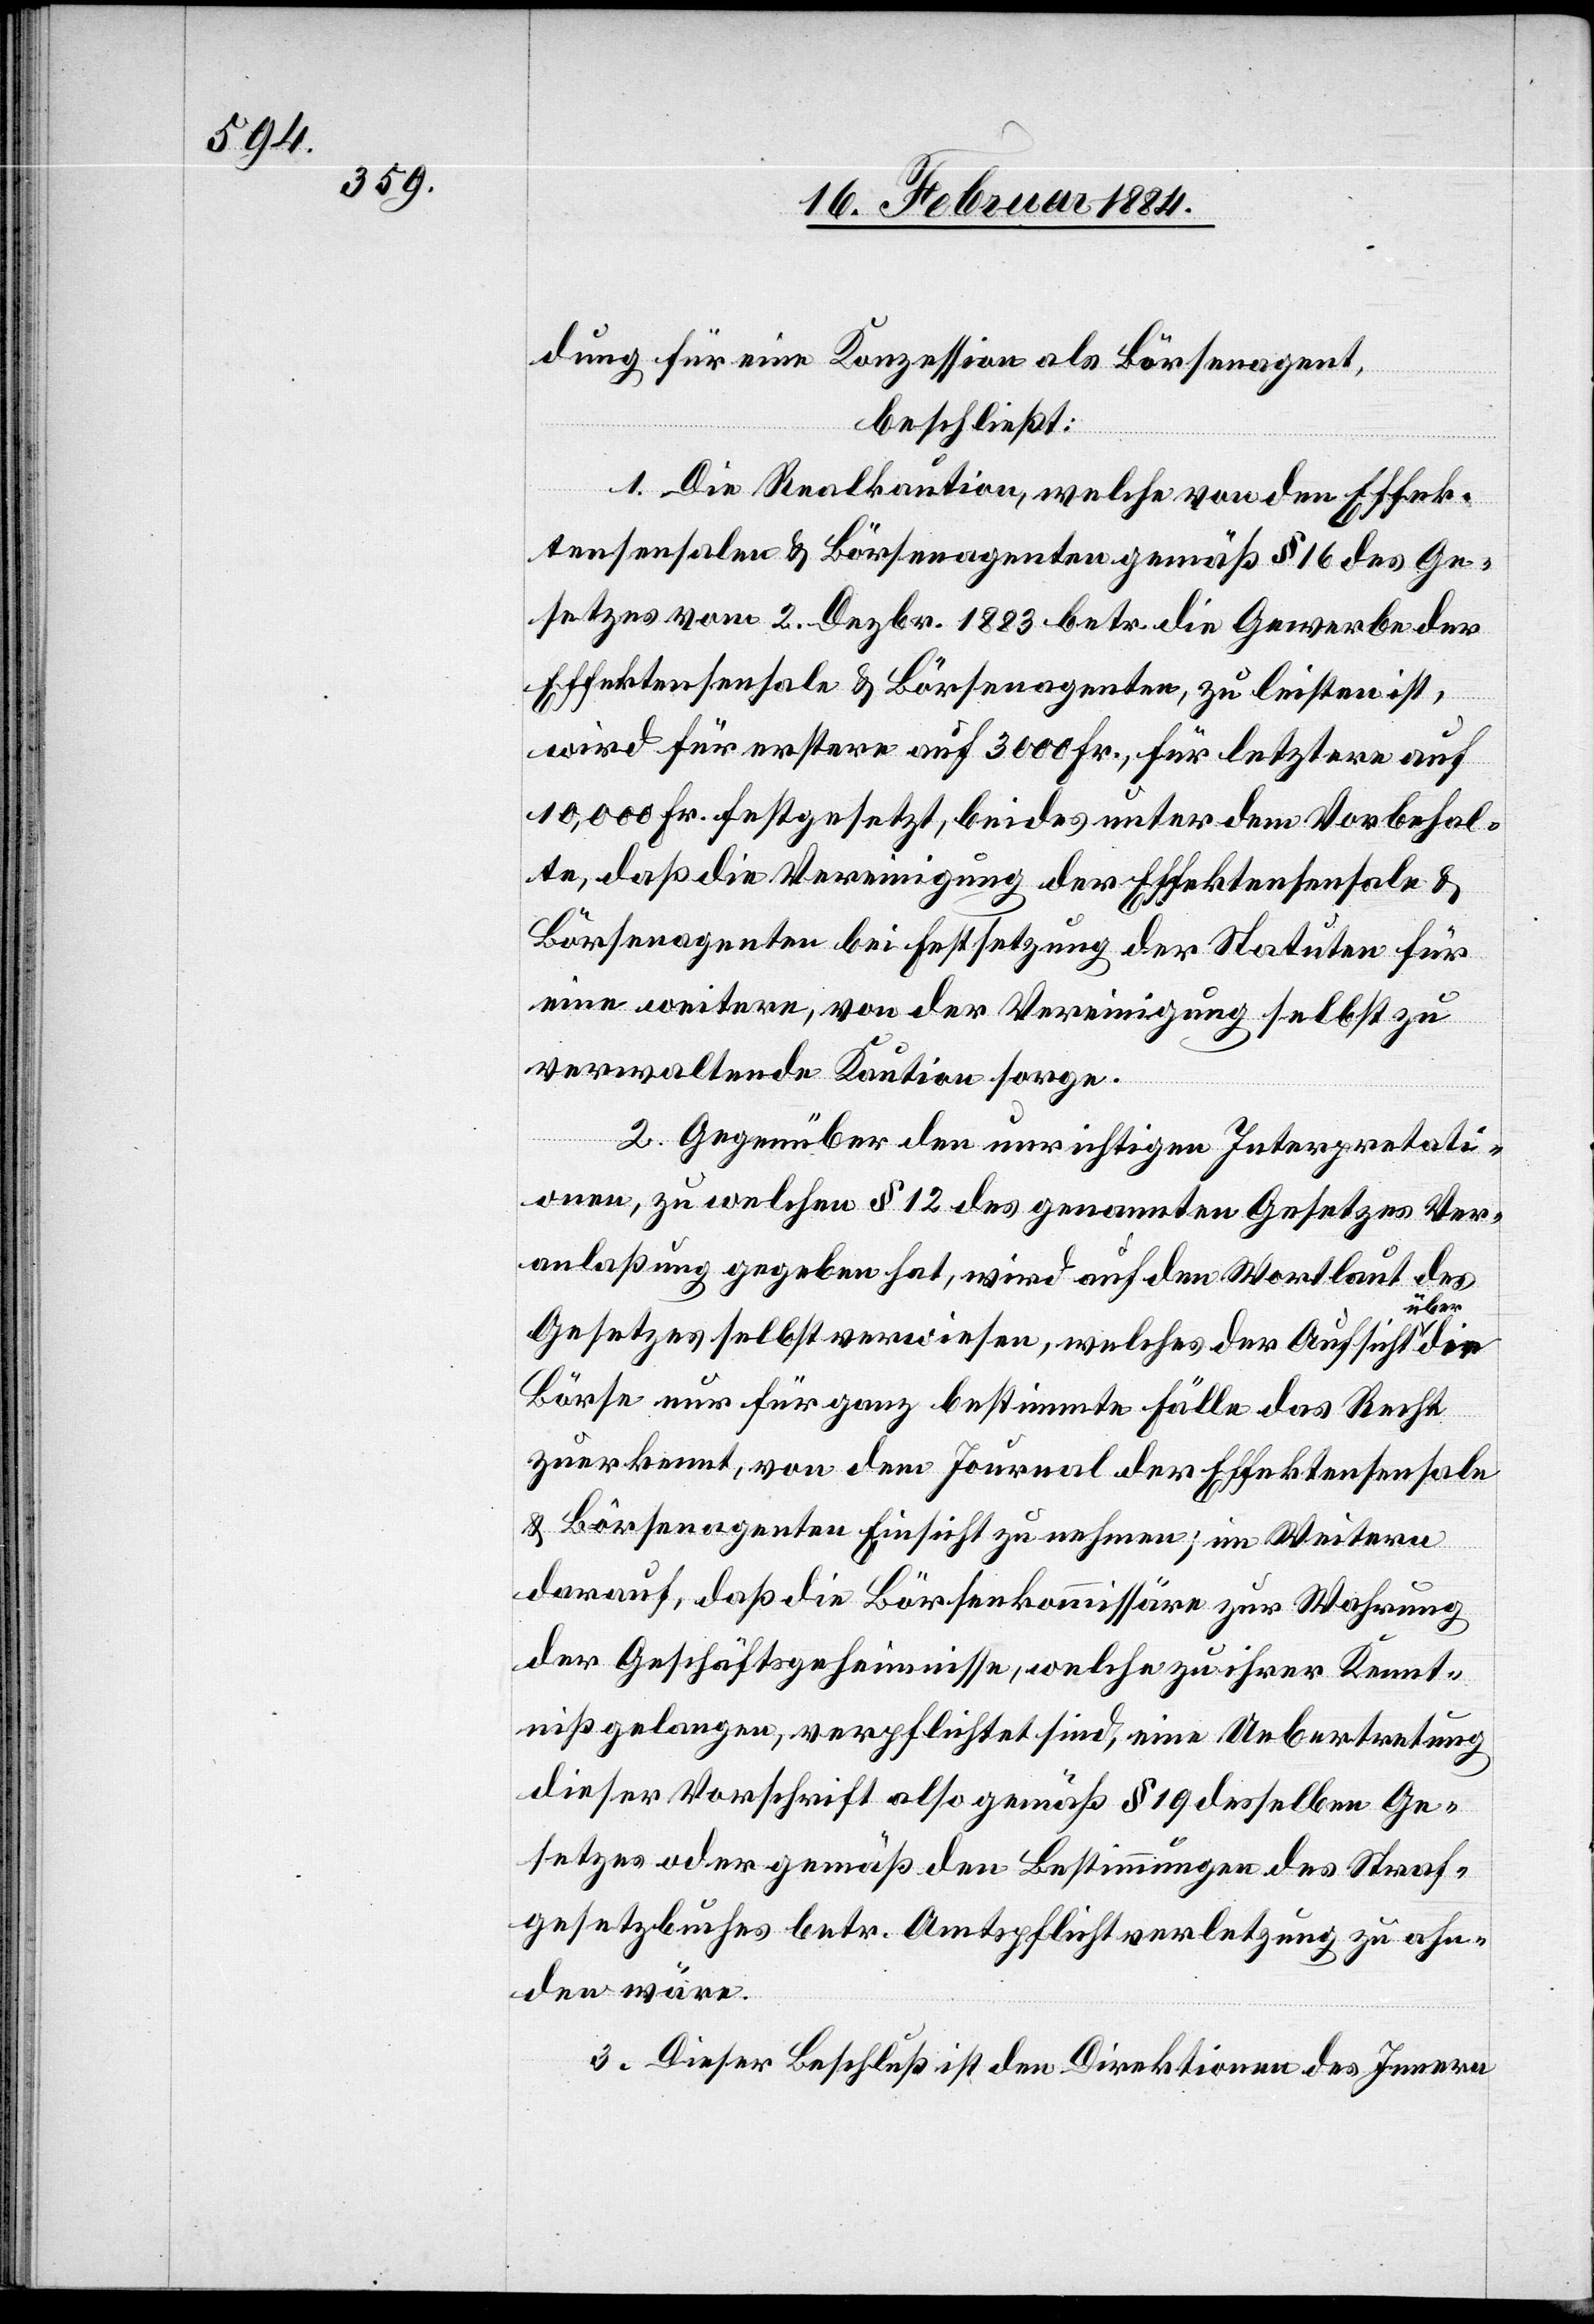
dung für eine Konzession als Börsenagent,
beschließt:
1. Die Realkaution, welche von den Effek¬
tensensalen & Börsenagenten gemäß § 16 des Ge¬
setzes vom 2. Dezbr. 1883 betr. die Gewerbe der
Effektensensale & Börsenagenten, zu leisten ist,
die
wird für erstere auf 3000 Fr., für letztere auf
10,000 Fr. festgesetzt, beides unter dem Vorbehal¬
te, daß die Vereinigung der Effektensensale &
Börsenagenten bei Festsetzung der Statuten für
eine weitere, von der Vereinigung selbst zu
verwaltende Kaution sorge.
2. Gegenüber den unrichtigen Interpretati¬
onen, zu welchen § 12 des genannten Gesetzes Ver¬
anlaßung gegeben hat, wird auf den Wortlaut des
Gesetzes selbst verwiesen, welches der Aufsicht über
Börse nur für ganz bestimmte Fälle das Recht
zuerkennt, von dem Journal der Effektensensale
& Börsenagenten Einsicht zu nehmen; im Weitern
darauf, daß die Börsenkommissäre zur Wahrung
der Geschäftsgeheimnisse, welche zu ihrer Kennt¬
niß gelangen, verpflichtet sind, eine Uebertretung
dieser Vorschrift also gemäß § 19 desselben Ge¬
setzes oder gemäß den Bestimmungen des Straf¬
gesetzbuches betr. Amtspflichtverletzung zu ahn¬
den wäre.
3. Dieser Beschluß ist den Direktionen des Innern